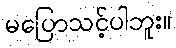
မပြောသင့်ပါဘူး။